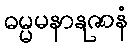
ဓမ္မမနာနုဇာနံ